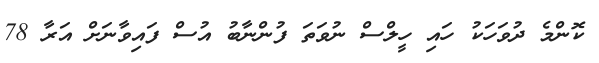
ކޮންމެ ދުވަހަކު ހައި ހީލްސް ނުވަތަ ފުންނާބު އުސް ފައިވާނަށް އަރާ 78